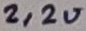
Text: 2,2u